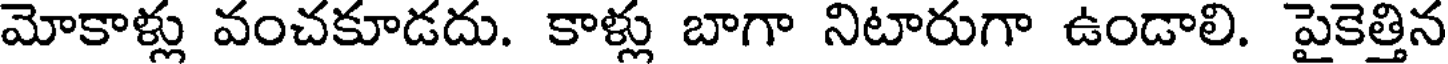
మోకాళ్లు వంచకూడదు. కాళ్లు బాగా నిటారుగా ఉండాలి. పైకెత్తిన